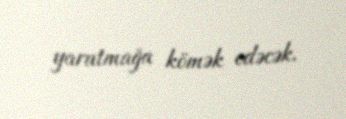
yaratmağa kömək edəcək.